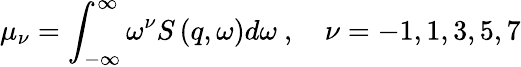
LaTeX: \mu_{\nu}=\int_{-\infty}^{\infty}\omega^{\nu}S\left(q,\omega\right)d\omega\ ,\quad\nu=-1,1,3,5,7